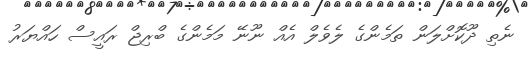
ނެތި ދޫކޮށްލަން ތަމެންގެ ލެވެލް އެއް ނޫނޭ މަމެންގެ ބްރިޖް ރައީސް ހައްޔަރު